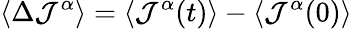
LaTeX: \left<\Delta\mathcal{J}^{\alpha}\right>=\left<\mathcal{J}^{\alpha}(t)\right>-\left<\mathcal{J}^{\alpha}(0)\right>